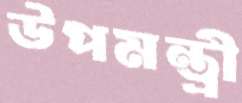
উপমন্ত্রী